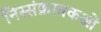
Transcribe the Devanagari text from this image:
निस्संक्रामकओं